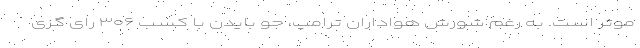
موثر است. به رغم شورش هواداران ترامپ، جو بایدن با کسب ۳۰۶ رای گزی